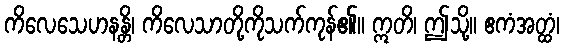
ကိလေသေဟနန္တိ၊ ကိလေသာတို့ကိုသက်ကုန်၏။ ဣတိ၊ ဤသို့။ ဧကံအတ္ထံ၊